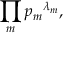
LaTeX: \prod _ { m } { p _ { m } } ^ { \lambda _ { m } } ,